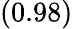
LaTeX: \left(0.98\right)